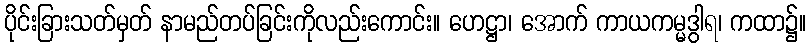
ပိုင်းခြားသတ်မှတ် နာမည်တပ်ခြင်းကိုလည်းကောင်း။ ဟေဋ္ဌာ၊ အောက် ကာယကမ္မဒွါရ၊ ကထာ၌။